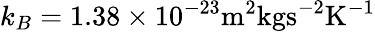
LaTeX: k_{B}=1.38\times 10^{-23}\mathrm{m^{2}kgs^{-2}K^{-1}}